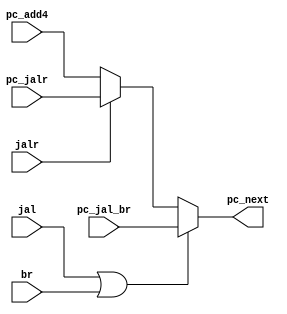
module MUX_PC(
    input jal, jalr, br,

    input [31:0] pc_add4,
    input [31:0] pc_jal_br,
    input [31:0] pc_jalr,

    output reg [31:0] pc_next
);
    always@(*) begin
        if(jal == 1 || br == 1) begin
            pc_next = pc_jal_br;
        end
        else if(jalr == 1) begin
            pc_next = pc_jalr;
        end
        else pc_next = pc_add4;
    end
endmodule